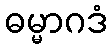
ဓမ္မာဂဒံ